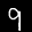
Label: 9